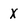
Character: x